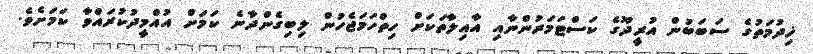
ޚިދުމަތުގެ ސަބަބުން އުރީދޫގެ ކަސްޓަމަރުންނާއި އާއިލާތަކަށް ހިތްހަމަޖެހުން ލިބިގެންދާނެ ކަމަށް އުއްމީދުކުރައްވާ ކަމަށެވެ.